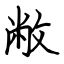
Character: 敝